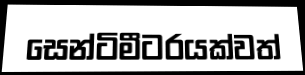
සෙන්ටිමීටරයක්වත්